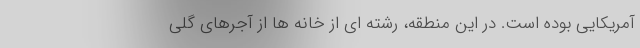
آمریکایی بوده است. در این منطقه، رشته ای از خانه ها از آجرهای گلی